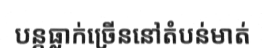
បន្តធ្លាក់ច្រើននៅតំបន់មាត់